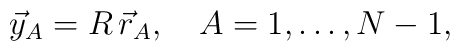
\vec y_A = R\, \vec r_A, \quad A=1,\dots ,N-1,